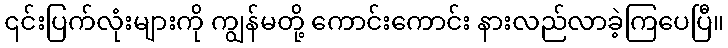
၎င်းပြက်လုံးများကို ကျွန်မတို့ ကောင်းကောင်း နားလည်လာခဲ့ကြပေပြီ။